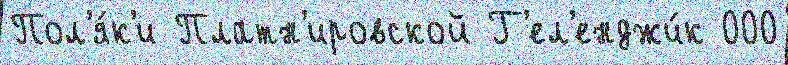
Пол'я́к'и Платн'ировской Г'ел'енджи́к 000